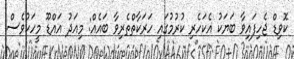
ކޮވިޑް ޖެހިފައިވާ ބަޔަކު އެކަހެރި ކުރުމުގައި ހަރަކާތްތެރިވާ ބައެއް: މިއަދު އައްޑޫ މީހަކުވެސް